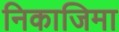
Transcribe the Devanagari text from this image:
निकाजिमा